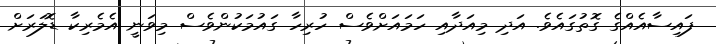
ފައިސާއެއްގެ ގޮތުގައެވެ. އަދި މިއަދާއި ހަމައަށްވެސް ހުރިހާ ގައުމަކުންވެސް މިވަނީ އެމެރިކާ ޑޮލަރަށް